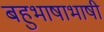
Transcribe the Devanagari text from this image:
बहुभाषाभाषी